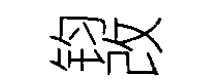
钧改